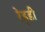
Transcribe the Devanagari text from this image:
रेड्‌डी